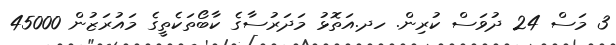
3 މަސް 24 ދުވަސް ކުރިން. ހދ.އަތޮޅު މަދަރުސާގެ ކާބޯތަކެތީގެ މައުރަޒުން 45000